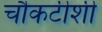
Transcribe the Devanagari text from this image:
चौकटीशी